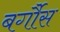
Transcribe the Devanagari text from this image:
बर्गौस